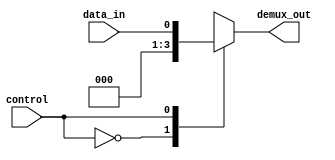
module demux #(parameter N=2)(
    input wire data_in,
    input wire control,
    output reg [N-1:0] demux_out
);

always @ (data_in or control)
begin
    case (control)
        0: demux_out = {data_in, 0}; // Select output 0
        1: demux_out = {0, data_in}; // Select output 1
        // Add more cases for additional output signals if N > 2
        default: demux_out = {0, 0}; // Default case
    endcase
end

endmodule